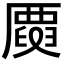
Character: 𠪳